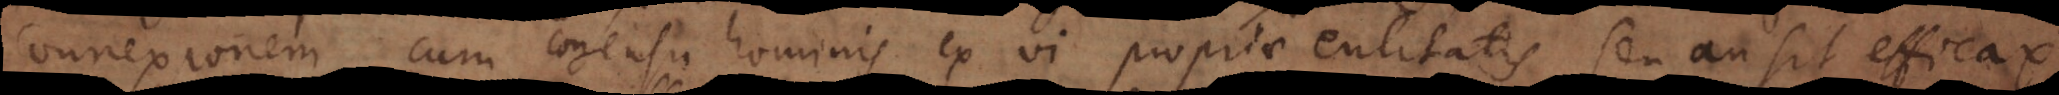
connexionem cum consensu hominis ex vi propriae entitatis, seu an sit efficax